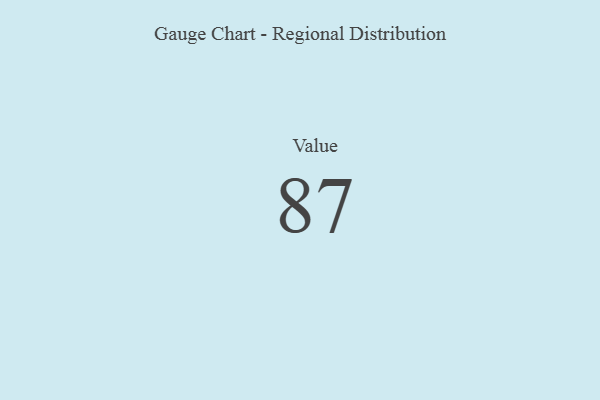
{"axis": {"x": "Metric", "y": "Value"}, "legend": [""], "data": [{"x": "Value", "y": 87, "type": ""}]}